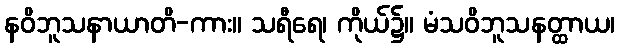
နဝိဘူသနာယာတိ-ကား။ သရီရေ၊ ကိုယ်၌။ မံသဝိဘူသနတ္ထာယ၊